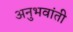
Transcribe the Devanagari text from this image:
अनुभवांती